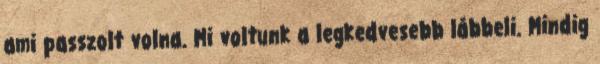
ami passzolt volna. Mi voltunk a legkedvesebb lábbeli. Mindig